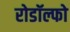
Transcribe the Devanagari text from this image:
रोडॉल्फो